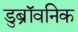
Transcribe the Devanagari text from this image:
डुब्रॉवनिक